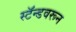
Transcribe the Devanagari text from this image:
स्टॅन्डवरून